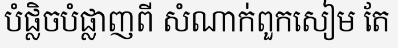
បំផ្លិចបំផ្លាញពី សំណាក់ពួកសៀម តែ